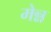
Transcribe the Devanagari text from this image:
मेन्न